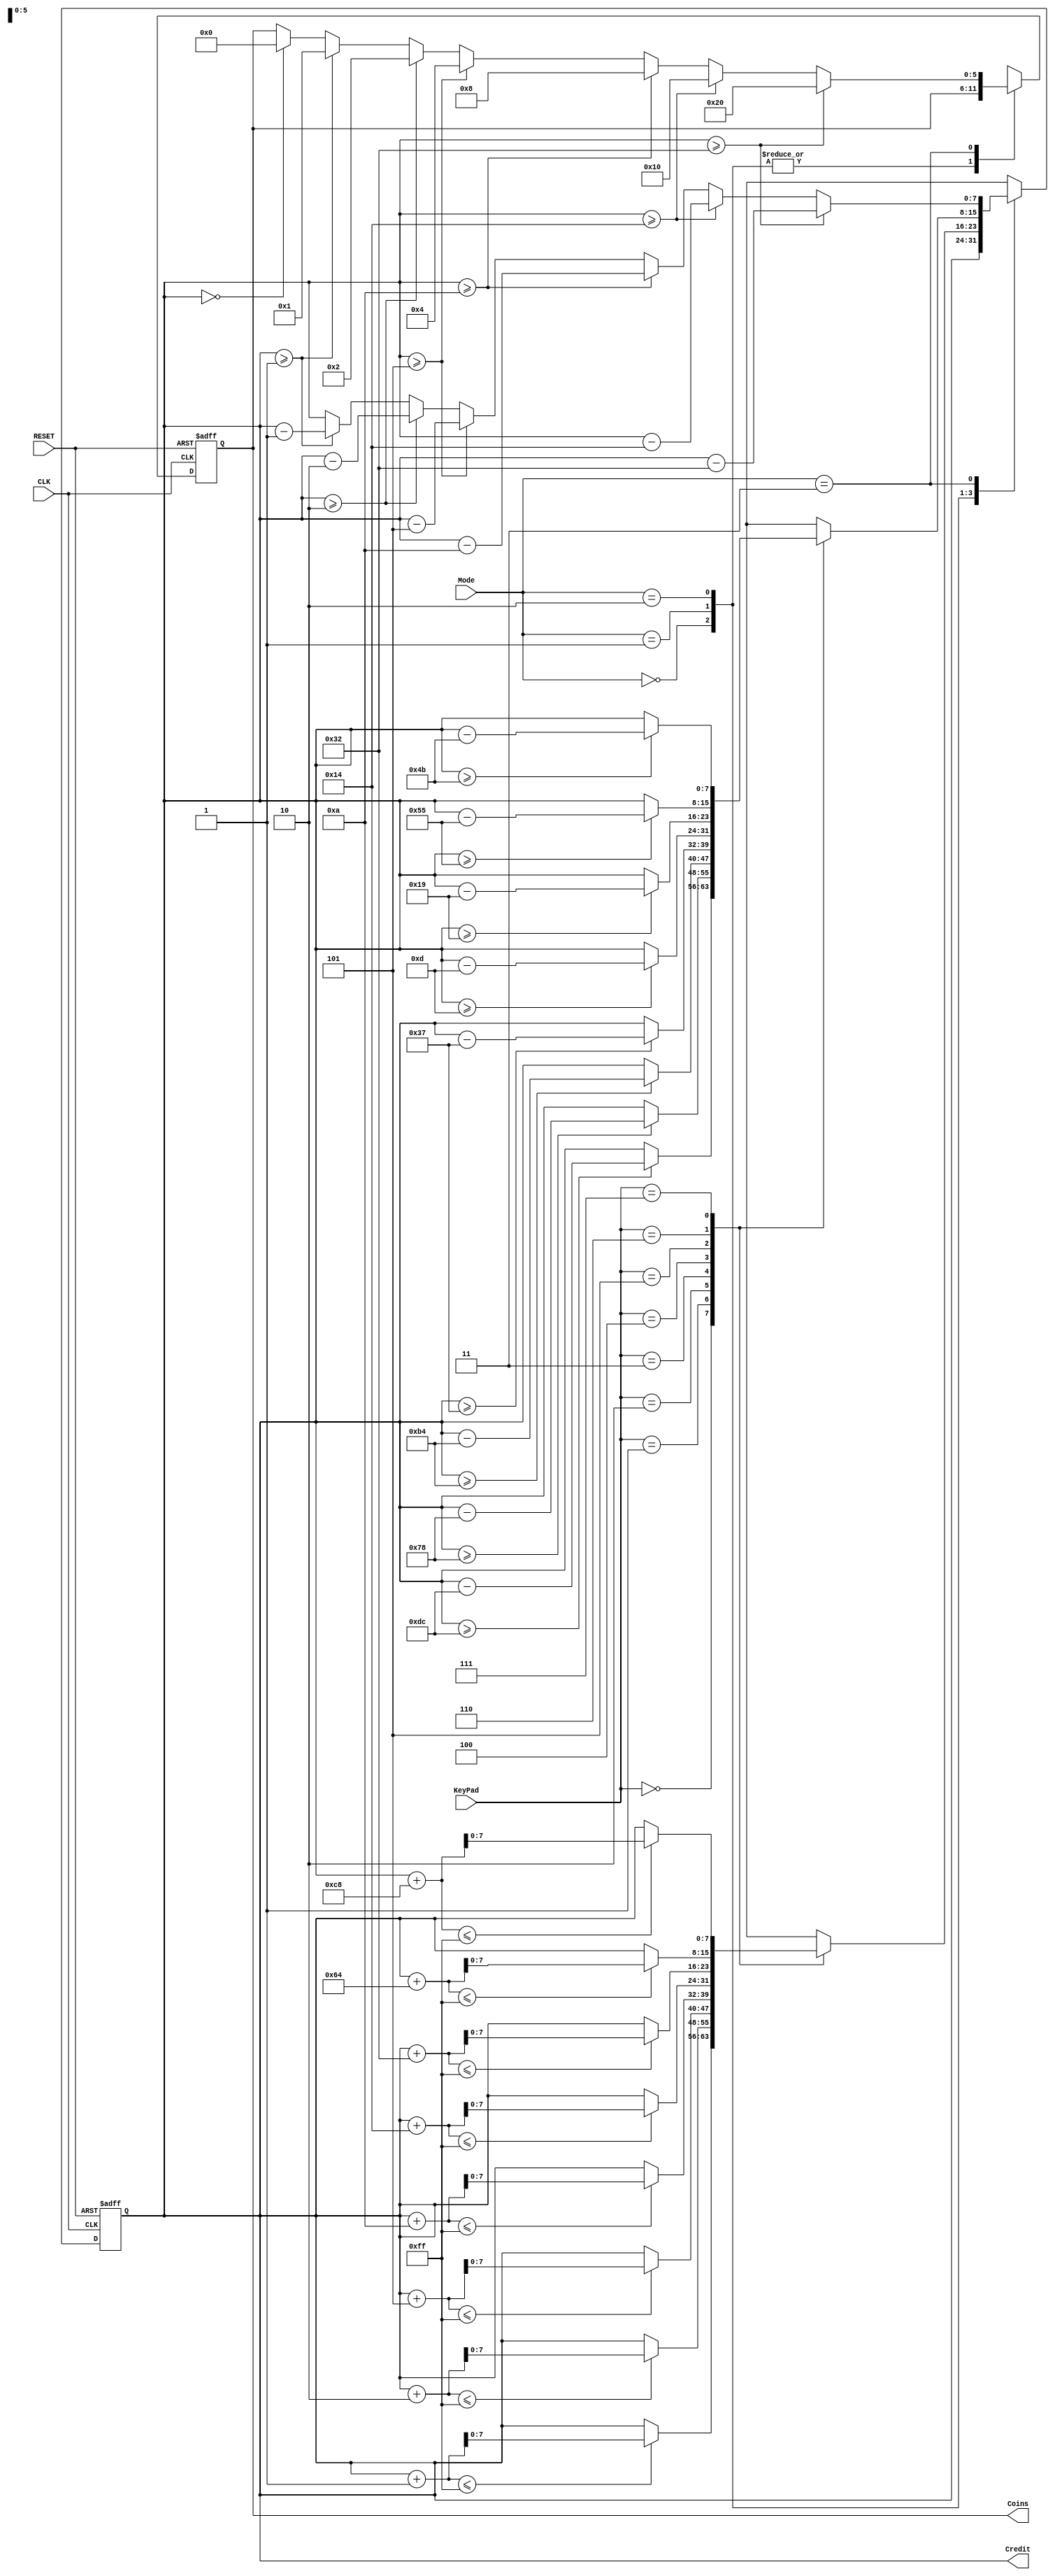
`timescale 1ns / 1ps

/*
** Basic vending machine
**
** See doc/problem.pdf for further information.
**
** @author: Emre Can Kucukoglu
** @mail: eckucukoglu@gmail.com
*/

module BasicVendingMachine(
		input [2:0] KeyPad,
		input [1:0] Mode,
		input CLK,
		input RESET,
		output reg [7:0] Credit,
		output reg [5:0] Coins);

	initial begin
		Credit = 8'd0;
		Coins = 6'b000000;
	end

	always @(posedge CLK or posedge RESET)
	begin
	
	if (RESET)
			begin
				Credit = 8'd0;
				Coins = 6'b000000;	
			end
	else
	begin
	
		case (Mode)
		2'b00: ;
		2'b01: 
		begin
			case (KeyPad)
			3'b000: if ((Credit + 1) <= 255)
						Credit = Credit+1;
			3'b001: if((Credit + 2) <= 255)
						Credit = Credit+2;
			3'b010: if((Credit+5) <= 255)
					Credit = Credit+5;
			3'b011: if((Credit + 10) <= 255)
					Credit = Credit+10;
			3'b100: if((Credit + 20) <= 255)
					Credit = Credit+20;
			3'b101: if((Credit + 50) <= 255)
					Credit = Credit+50;
			3'b110: if((Credit + 100) <= 255)
					Credit = Credit+100;
			3'b111: if((Credit + 200) <= 255)
					Credit = Credit+200;
			endcase
		end
		
		2'b10: 
		begin
			case (KeyPad)
			3'b000: if (Credit >= 220)
						Credit = Credit-220;
			3'b001: if(Credit  >= 120)
						Credit = Credit-120;
			3'b010: if(Credit  >= 180)
					Credit = Credit-180;
			3'b011: if(Credit  >= 55)
					Credit = Credit-55;
			3'b100: if(Credit  >= 13)
					Credit = Credit-13;
			3'b101: if(Credit  >= 25)
					Credit = Credit-25;
			3'b110: if(Credit  >= 85)
					Credit = Credit-85;
			3'b111: if(Credit  >= 75)
					Credit = Credit-75;
			endcase
		end
		
		2'b11:
		begin
			if ( Credit >= 50)
			begin
				Credit = Credit - 50;
				Coins = 6'b100000;
			end
			
			else if ( Credit >= 20)
			begin
				Credit = Credit - 20;
				Coins = 6'b010000;
			end
			
			else if ( Credit >= 10)
			begin
				Credit = Credit - 10;
				Coins = 6'b001000;
			end
			
			else if ( Credit >= 5)
			begin
				Credit = Credit - 5;
				Coins = 6'b000100;
			end
			
			else if ( Credit >= 2)
			begin
				Credit = Credit - 2;
				Coins = 6'b000010;
			end
			
			else if ( Credit >= 1)
			begin
				Credit = Credit - 1;
				Coins = 6'b000001;
			end
		
			else if ( Credit == 0)
				Coins = 6'b000000;
		
		end
		
		endcase
	end
	
	end
	
endmodule